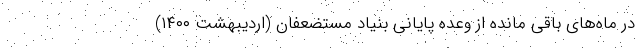
در ماه‌های باقی مانده از وعده‌ پایانی بنیاد مستضعفان (اردیبهشت ۱۴۰۰)